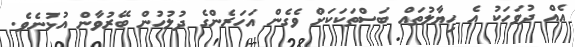
އެއް ދުވަހަކު އެ ހިޔާލުތައް ބަސްތަކަކަށް ވެގެން އަހަރެންގެ ދުލުހުން ބޭރުވާން އުޅުނެވެ.